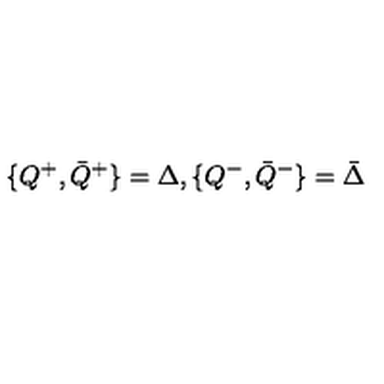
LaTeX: \{ Q ^ { + } , { \bar { Q } } ^ { + } \} = \Delta , \{ Q ^ { - } , { \bar { Q } } ^ { - } \} = { \bar { \Delta } }